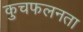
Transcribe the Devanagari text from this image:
कुचफलनता